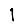
Digit: 1